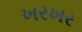
ખરખર